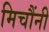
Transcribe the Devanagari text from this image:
मिचौंनी